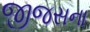
જીજસના